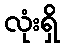
လုံးရှိ